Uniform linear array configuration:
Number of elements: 4
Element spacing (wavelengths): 0.5
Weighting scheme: cosine
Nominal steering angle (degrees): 15
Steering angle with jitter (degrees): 13.679
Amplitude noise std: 0.05
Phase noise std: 0.05

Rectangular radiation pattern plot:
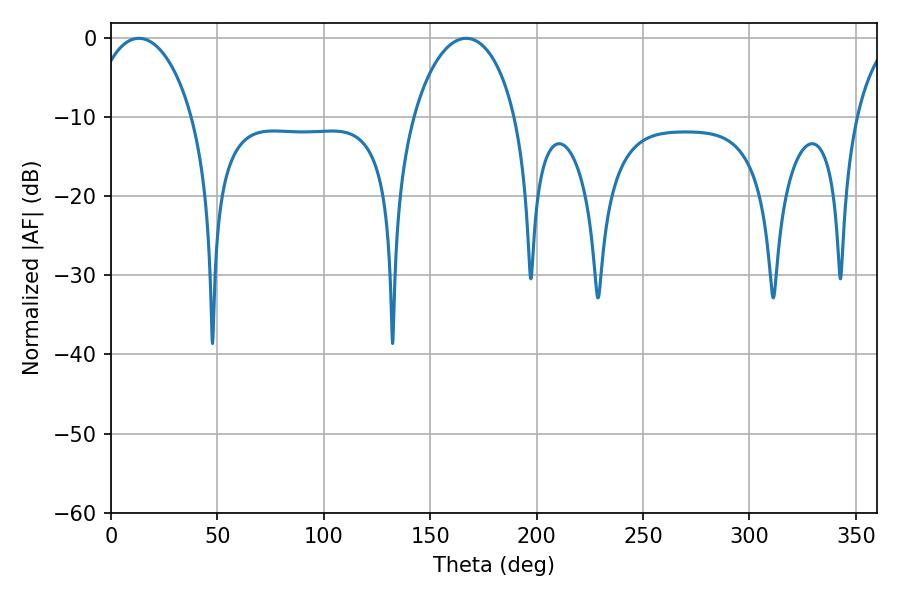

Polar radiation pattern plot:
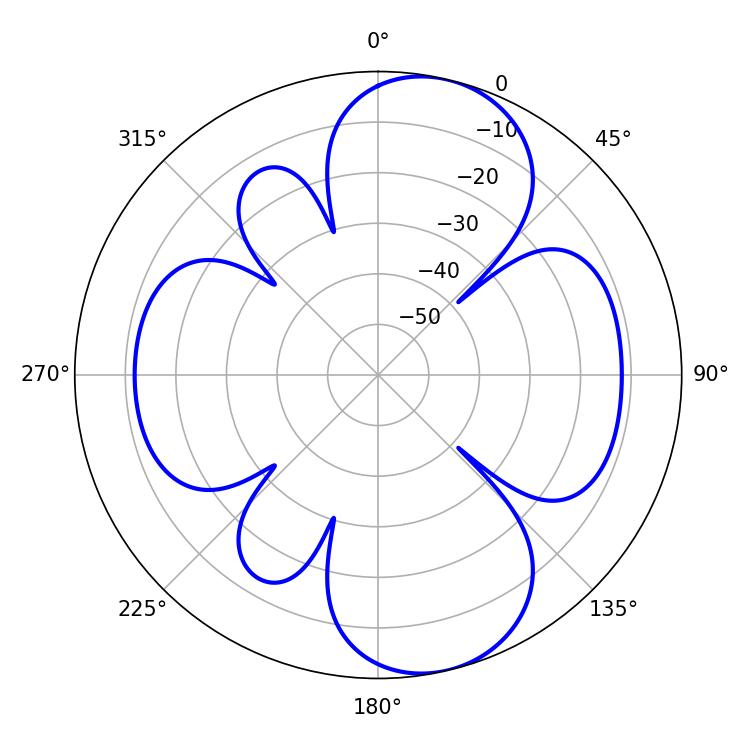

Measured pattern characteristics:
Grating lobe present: FALSE
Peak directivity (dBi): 9.377
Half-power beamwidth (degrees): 27.18
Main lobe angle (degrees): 13.14